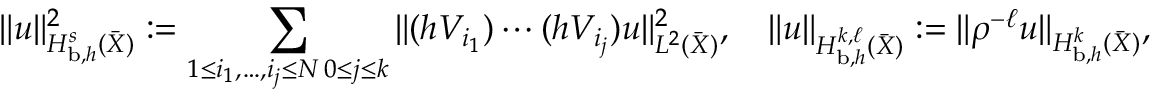
\| u \| _ { H _ { \mathrm { b } , h } ^ { s } ( \bar { X } ) } ^ { 2 } : = \sum _ { \substack { 1 \leq i _ { 1 } , \ldots , i _ { j } \leq N \, 0 \leq j \leq k } } \Vert ( h V _ { i _ { 1 } } ) \cdots ( h V _ { i _ { j } } ) u \Vert _ { L ^ { 2 } ( \bar { X } ) } ^ { 2 } , \quad \| u \| _ { H _ { \mathrm { b } , h } ^ { k , \ell } ( \bar { X } ) } : = \| \rho ^ { - \ell } u \| _ { H _ { \mathrm { b } , h } ^ { k } ( \bar { X } ) } ,